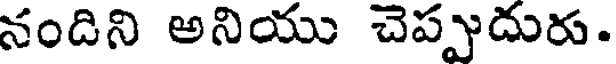
నందిని అనియు చెప్పుదురు.